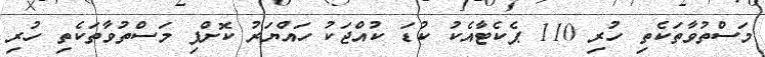
މަސްތުވާތަކެތި ހުރި 110 ޕެކެޓާއެކު ކުޑަ ކުއްޖަކު ހައްޔަރު ކޮށްފި މަސްތުވާތަކެތި ހުރި